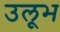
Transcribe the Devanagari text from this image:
उलूभ